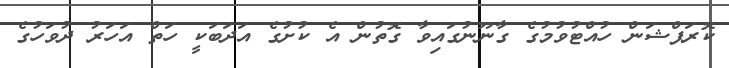
ކޮރަޕްޝަން ހުއްޓުވުމުގެ ގާނޫނުގައިވާ ގޮތުން އެ ކުށުގެ އަދަބަކީ ހަތް އަހަރު ދުވަހުގެ